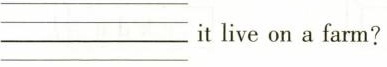
___ it live on a farm?